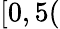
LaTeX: [0,5(